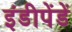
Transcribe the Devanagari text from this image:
इंडीपेंडें